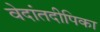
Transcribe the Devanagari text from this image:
वेदांतदीपिका